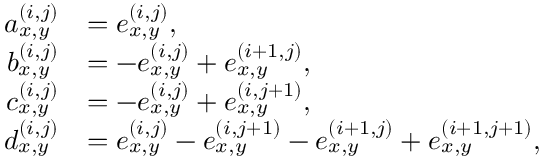
\begin{array} { r l } { a _ { x , y } ^ { ( i , j ) } } & { = e _ { x , y } ^ { ( i , j ) } , } \\ { b _ { x , y } ^ { ( i , j ) } } & { = - e _ { x , y } ^ { ( i , j ) } + e _ { x , y } ^ { ( i + 1 , j ) } , } \\ { c _ { x , y } ^ { ( i , j ) } } & { = - e _ { x , y } ^ { ( i , j ) } + e _ { x , y } ^ { ( i , j + 1 ) } , } \\ { d _ { x , y } ^ { ( i , j ) } } & { = e _ { x , y } ^ { ( i , j ) } - e _ { x , y } ^ { ( i , j + 1 ) } - e _ { x , y } ^ { ( i + 1 , j ) } + e _ { x , y } ^ { ( i + 1 , j + 1 ) } , } \end{array}